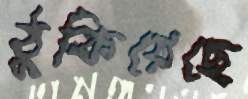
ঠুকিয়েছে